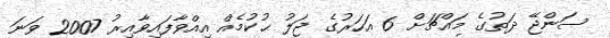
ސަންޖޭ ދަތުގެ މައްޗަށް 6 އަހަރުގެ ޖަލު ޙުކުމެއް އިއްވާފައިވާއިރު 2007 ވަނަ